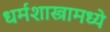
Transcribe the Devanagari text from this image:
धर्मशास्त्रामध्ये